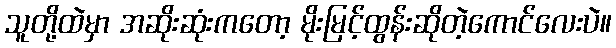
သူတို့ထဲမှာ အဆိုးဆုံးကတော့ မိုးမြင့်ထွန်းဆိုတဲ့ကောင်လေးပဲ။